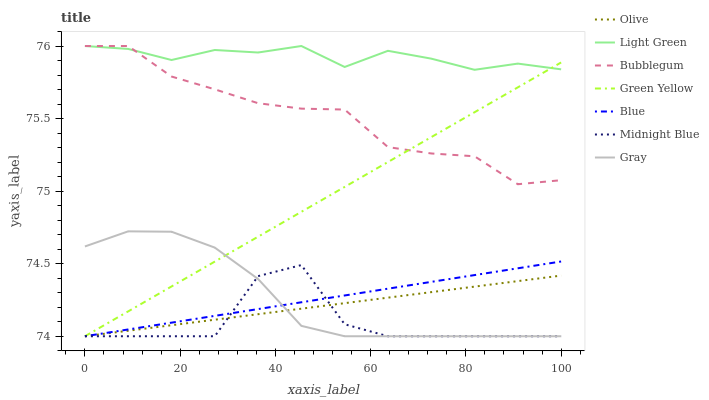
| xaxis_label | Olive | Light Green | Bubblegum | Green Yellow | Blue | Midnight Blue | Gray |
 | --- | --- | --- | --- | --- | --- | --- | --- |
 | 0 | 74 | 76 | 76 | 74 | 74 | 74 | 74.6 |
 | 9.09 | 74 | 76 | 76 | 74.2 | 74 | 74 | 74.7 |
 | 18.2 | 74.1 | 75.9 | 75.8 | 74.3 | 74.1 | 74 | 74.7 |
 | 27.3 | 74.1 | 76 | 75.7 | 74.5 | 74.1 | 74 | 74.6 |
 | 36.4 | 74.2 | 76 | 75.6 | 74.7 | 74.2 | 74.4 | 74.4 |
 | 45.5 | 74.2 | 76 | 75.6 | 74.9 | 74.2 | 74.5 | 74.1 |
 | 54.5 | 74.2 | 75.9 | 75.6 | 75 | 74.3 | 74.1 | 74 |
 | 63.6 | 74.3 | 76 | 75.3 | 75.2 | 74.3 | 74 | 74 |
 | 72.7 | 74.3 | 75.9 | 75.3 | 75.4 | 74.4 | 74 | 74 |
 | 81.8 | 74.3 | 75.8 | 75.2 | 75.5 | 74.4 | 74 | 74 |
 | 90.9 | 74.4 | 75.9 | 75 | 75.7 | 74.5 | 74 | 74 |
 | 100 | 74.4 | 75.8 | 75.1 | 75.9 | 74.5 | 74 | 74 |